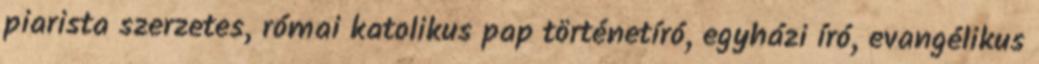
piarista szerzetes, római katolikus pap történetíró, egyházi író, evangélikus